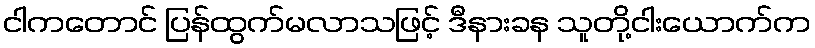
ငါကတောင် ပြန်ထွက်မလာသဖြင့် ဒီနားခန သူတို့ငါးယောက်က